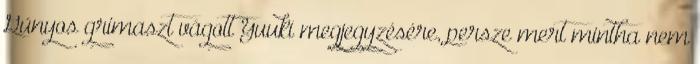
Gúnyos grimaszt vágott Yuuki megjegyzésére, persze mert mintha nem